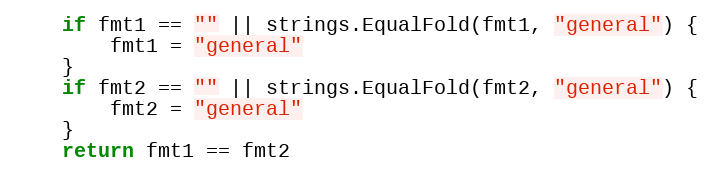
Language: Go
	if fmt1 == "" || strings.EqualFold(fmt1, "general") {
		fmt1 = "general"
	}
	if fmt2 == "" || strings.EqualFold(fmt2, "general") {
		fmt2 = "general"
	}
	return fmt1 == fmt2